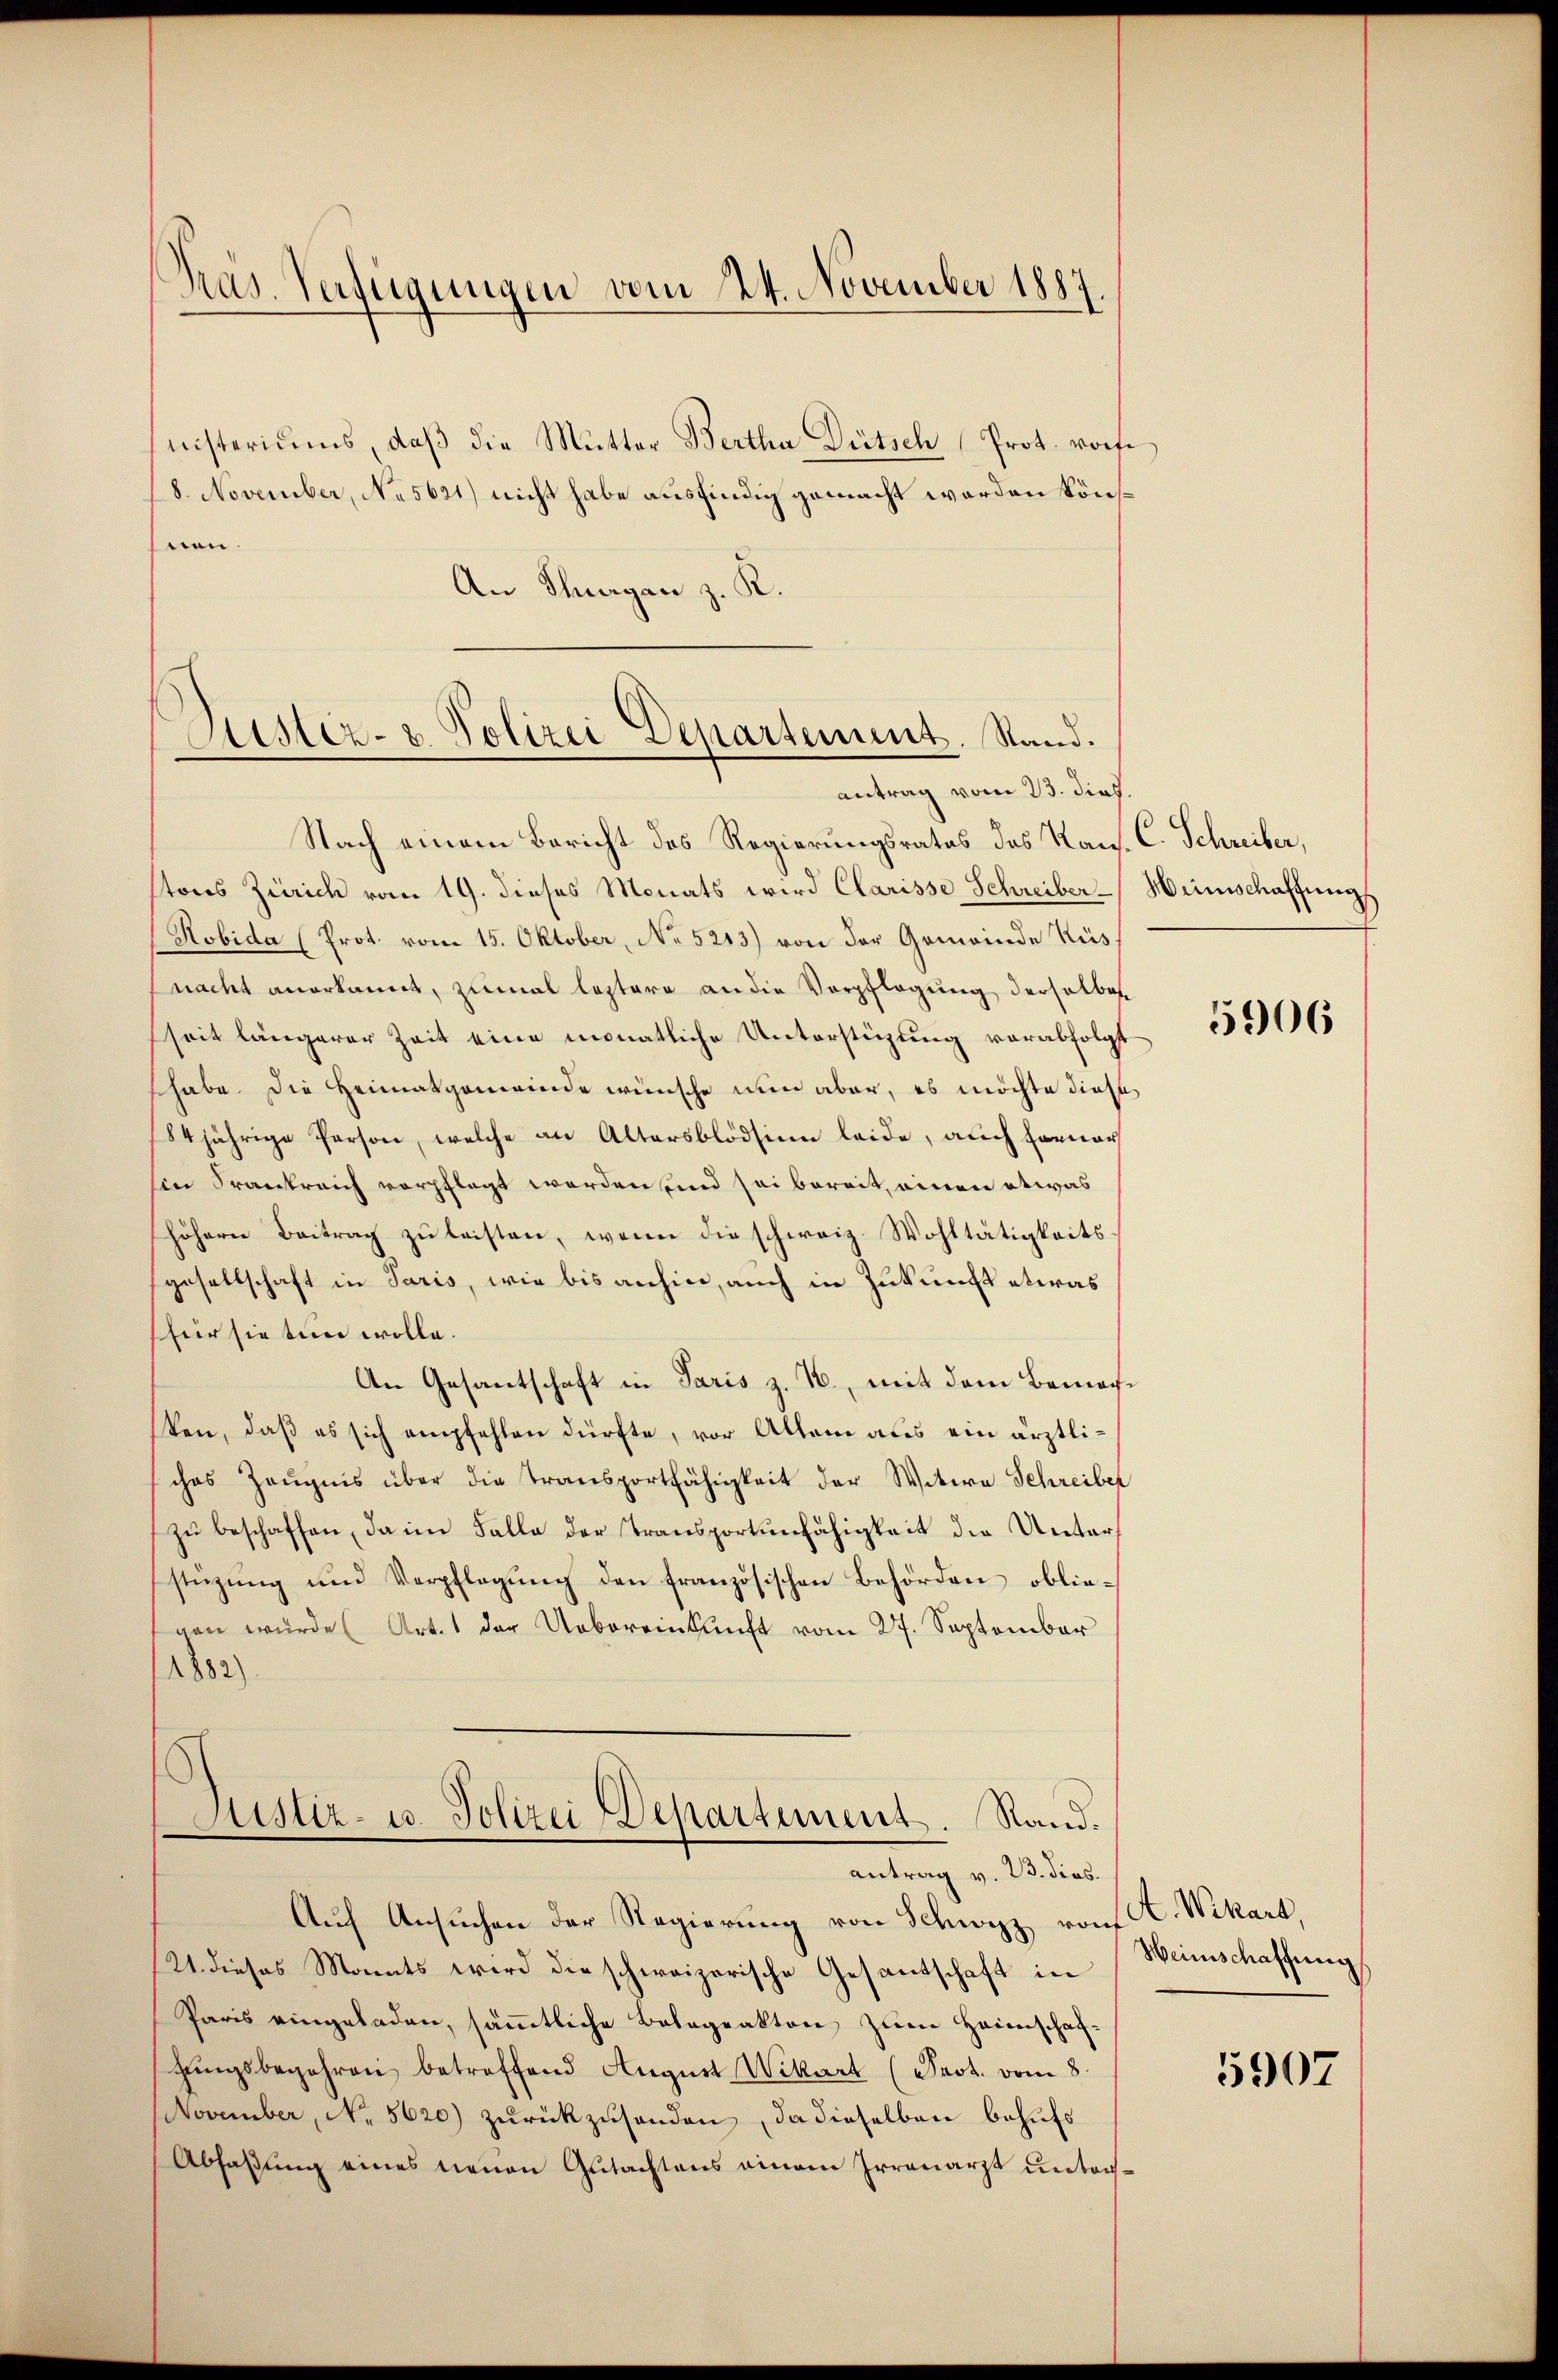
nisteriums, daβ die Mutter Bertha Bütsch Prot. vom
18. November, No 5621) nicht habe ausfindig gemacht werden könhnen.
An Thurgan z. R.

Pras. Verfügungen vom 24. November 1887.

Astiz- u. Polizei Departement. Stand.
antrag vom 23. dies.

Nach einem Bericht des Regierungsrates des Kauf. C. Schreiber,
stons Zürich vom 19. dieses Monats wird Clarisse Schreiber Heimschaffung
Robida (Prot. vom 15. Oktober, No 5213) von der Gemeinde Rüsnacht anerkannt, zumal leztere an die Verpflegung derselben
seit längerer Zeit eine monatliche Unterstüzung vorabfolgt
habe. Die Heimatgemeinde wünsche nun aber, es möchte diese
184jährige Person, welche an Altersblödsinn leide, auch hernar
Ein Krankreich verpflegt worden und sei bereit, einen etwas
höhern Beitrag zŭ leisten, wenn die schweiz. Wohltätigkeitsgesellschaft in Paris, wie bis anhin, auch in Zukunft etwas
für sie tun wolle.
An Gesantschaft in Paris z. B., mit dem Bemachken, daß es sich empfehlen dürfte, vor Allem aus ein ärztliches Zeugnis über die Transportfähigkeit der Witwe Schreiber
zu beschaffen, da im Falle der Transportunfähigkeit die Unterstüzung und Verpflegŭng den französischen Behörden oblie-
gen würde (Art. 1 der Uebereinkunft vom 27. September
1882)
Justiz- u. Polizei Departement. Rand.
antrag v. 23. dies.
Auf Ansuchen der Regierung von Schwyz von K. Wikart,
21. dieses Monats wird die schweizerische Gesantschaft in
Paris eingeladen, sämtliche Belageakten zum Heimschafhŭngsbegehren betreffend August Wikart (Seot. vom 8.
November, No. 5620) zurückzusenden, da dieselben behufs
Abfaßung eines neuen Gutachtens einem Irrenarzt unters¬

5906

Weinschaffung

5907